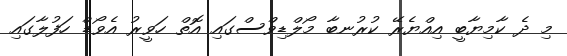
މި ދެ ކާމިޔާބީ އިއްޔެރޭ ކުރުނބާ މޯލްޑިވްސްގައި އޮތް ހަވީރު އެވޯޑް ހަފުލާގައި